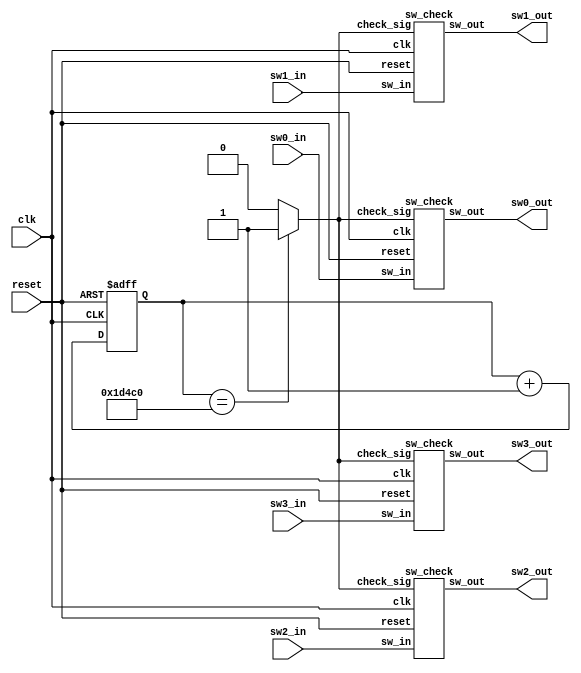

module sw_if(
    input clk,
    input reset,
    input sw0_in,
    input sw1_in,
    input sw2_in,
    input sw3_in,
    output sw0_out,
    output sw1_out,
    output sw2_out,
    output sw3_out
 );
 
reg [17:0] timing_cnt;
wire check_sig;
wire sw0_value;
wire sw1_value;
wire sw2_value;
wire sw3_value;
 
 
 //`^O@^C~O 
 //10mb
 //12MHz(83.33nb)
always@(posedge clk, posedge reset)
    if(reset ==1'b1)
        timing_cnt <= 18'd0;
    else 
        timing_cnt <= timing_cnt + 18'd1;
        
assign check_sig = (timing_cnt ==18'd120000)? 1'b1:1'b0;

sw_check u0(
    .clk(clk),
    .reset(reset),
    .sw_in(sw0_in),
    .check_sig(check_sig),
    .sw_out(sw0_value)
);

sw_check u1(
    .clk(clk),
    .reset(reset),
    .sw_in(sw1_in),
    .check_sig(check_sig),
    .sw_out(sw1_value)
);

sw_check u2(
    .clk(clk),
    .reset(reset),
    .sw_in(sw2_in),
    .check_sig(check_sig),
    .sw_out(sw2_value)
);

sw_check u3(
    .clk(clk),
    .reset(reset),
    .sw_in(sw3_in),
    .check_sig(check_sig),
    .sw_out(sw3_value)
);

assign sw0_out = sw0_value;
assign sw1_out = sw1_value;
assign sw2_out = sw2_value;    
assign sw3_out = sw3_value;    
    
endmodule


    

module sw_check(
    input clk,
    input reset,
    input sw_in,
    input check_sig,
    output sw_out
);

reg sw_dff1,sw_dff2;
reg sw_t1,sw_t2,sw_t3;
reg sw_value;

//^Xe[u
always@(posedge clk)begin
    sw_dff1 <=sw_in;
    sw_dff2 <=sw_dff1;
end

//`^Oh~ l
always@(posedge clk or posedge reset) begin
    if(reset ==1'b1)begin
        sw_t1 <= 1'b1;
        sw_t2 <= 1'b1;
    end
    else
        if(check_sig ==1'b1)begin
            sw_t1 <=sw_dff2;
            sw_t2 <=sw_t1;
        end
        else begin
            sw_t1 <=sw_t1;
            sw_t2 <=sw_t2;
      
        end
end

//2mlON
always @(posedge clk, posedge reset)
if(reset ==1'b1)
    sw_value <= 1'b1;
else
    if(check_sig==1'b1)
        if((sw_t1==1'b0)&&(sw_t2==1'b0))
            sw_value <= 1'b1; 
        else if((sw_t1==1'b1)&&(sw_t2==1'b1))
            sw_value <= 1'b0;
        else
            sw_value <= sw_value;
    else
        sw_value <= sw_value;
       
assign sw_out =sw_value;

endmodule